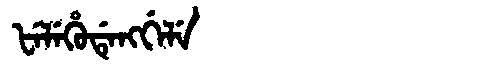
Manchu: ᡶᡝᠯᡝᡥᡠᡩᡝᠩᡤᡝᠯᡝ
Romanization: FELEHUDENGGELE